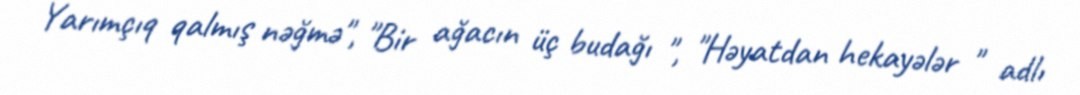
Yarımçıq qalmış nəğmə", "Bir ağacın üç budağı ", "Həyatdan hekayələr " adlı